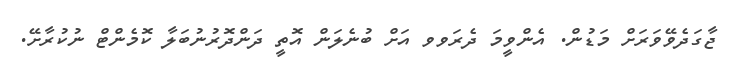
ޖާގަދެވޭވަރަށް މަަޑުން. އެންވީމަ ދެރަވވ އަށް ބުނެލަން އޮތީ ދަންދޮރުނުބަލާ ކޮމެންޓް ނުކުރާށޭ.